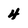
Character: 4